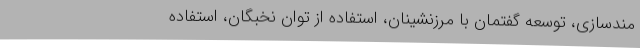
مندسازی، توسعه گفتمان با مرزنشینان، استفاده از توان نخبگان، استفاده